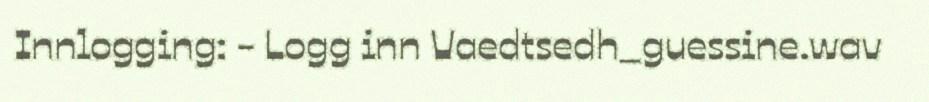
Innlogging: - Logg inn Vaedtsedh_guessine.wav